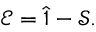
\mathcal { E } = \hat { 1 } - \mathcal { S } .